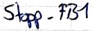
Text: Stopp_FB1